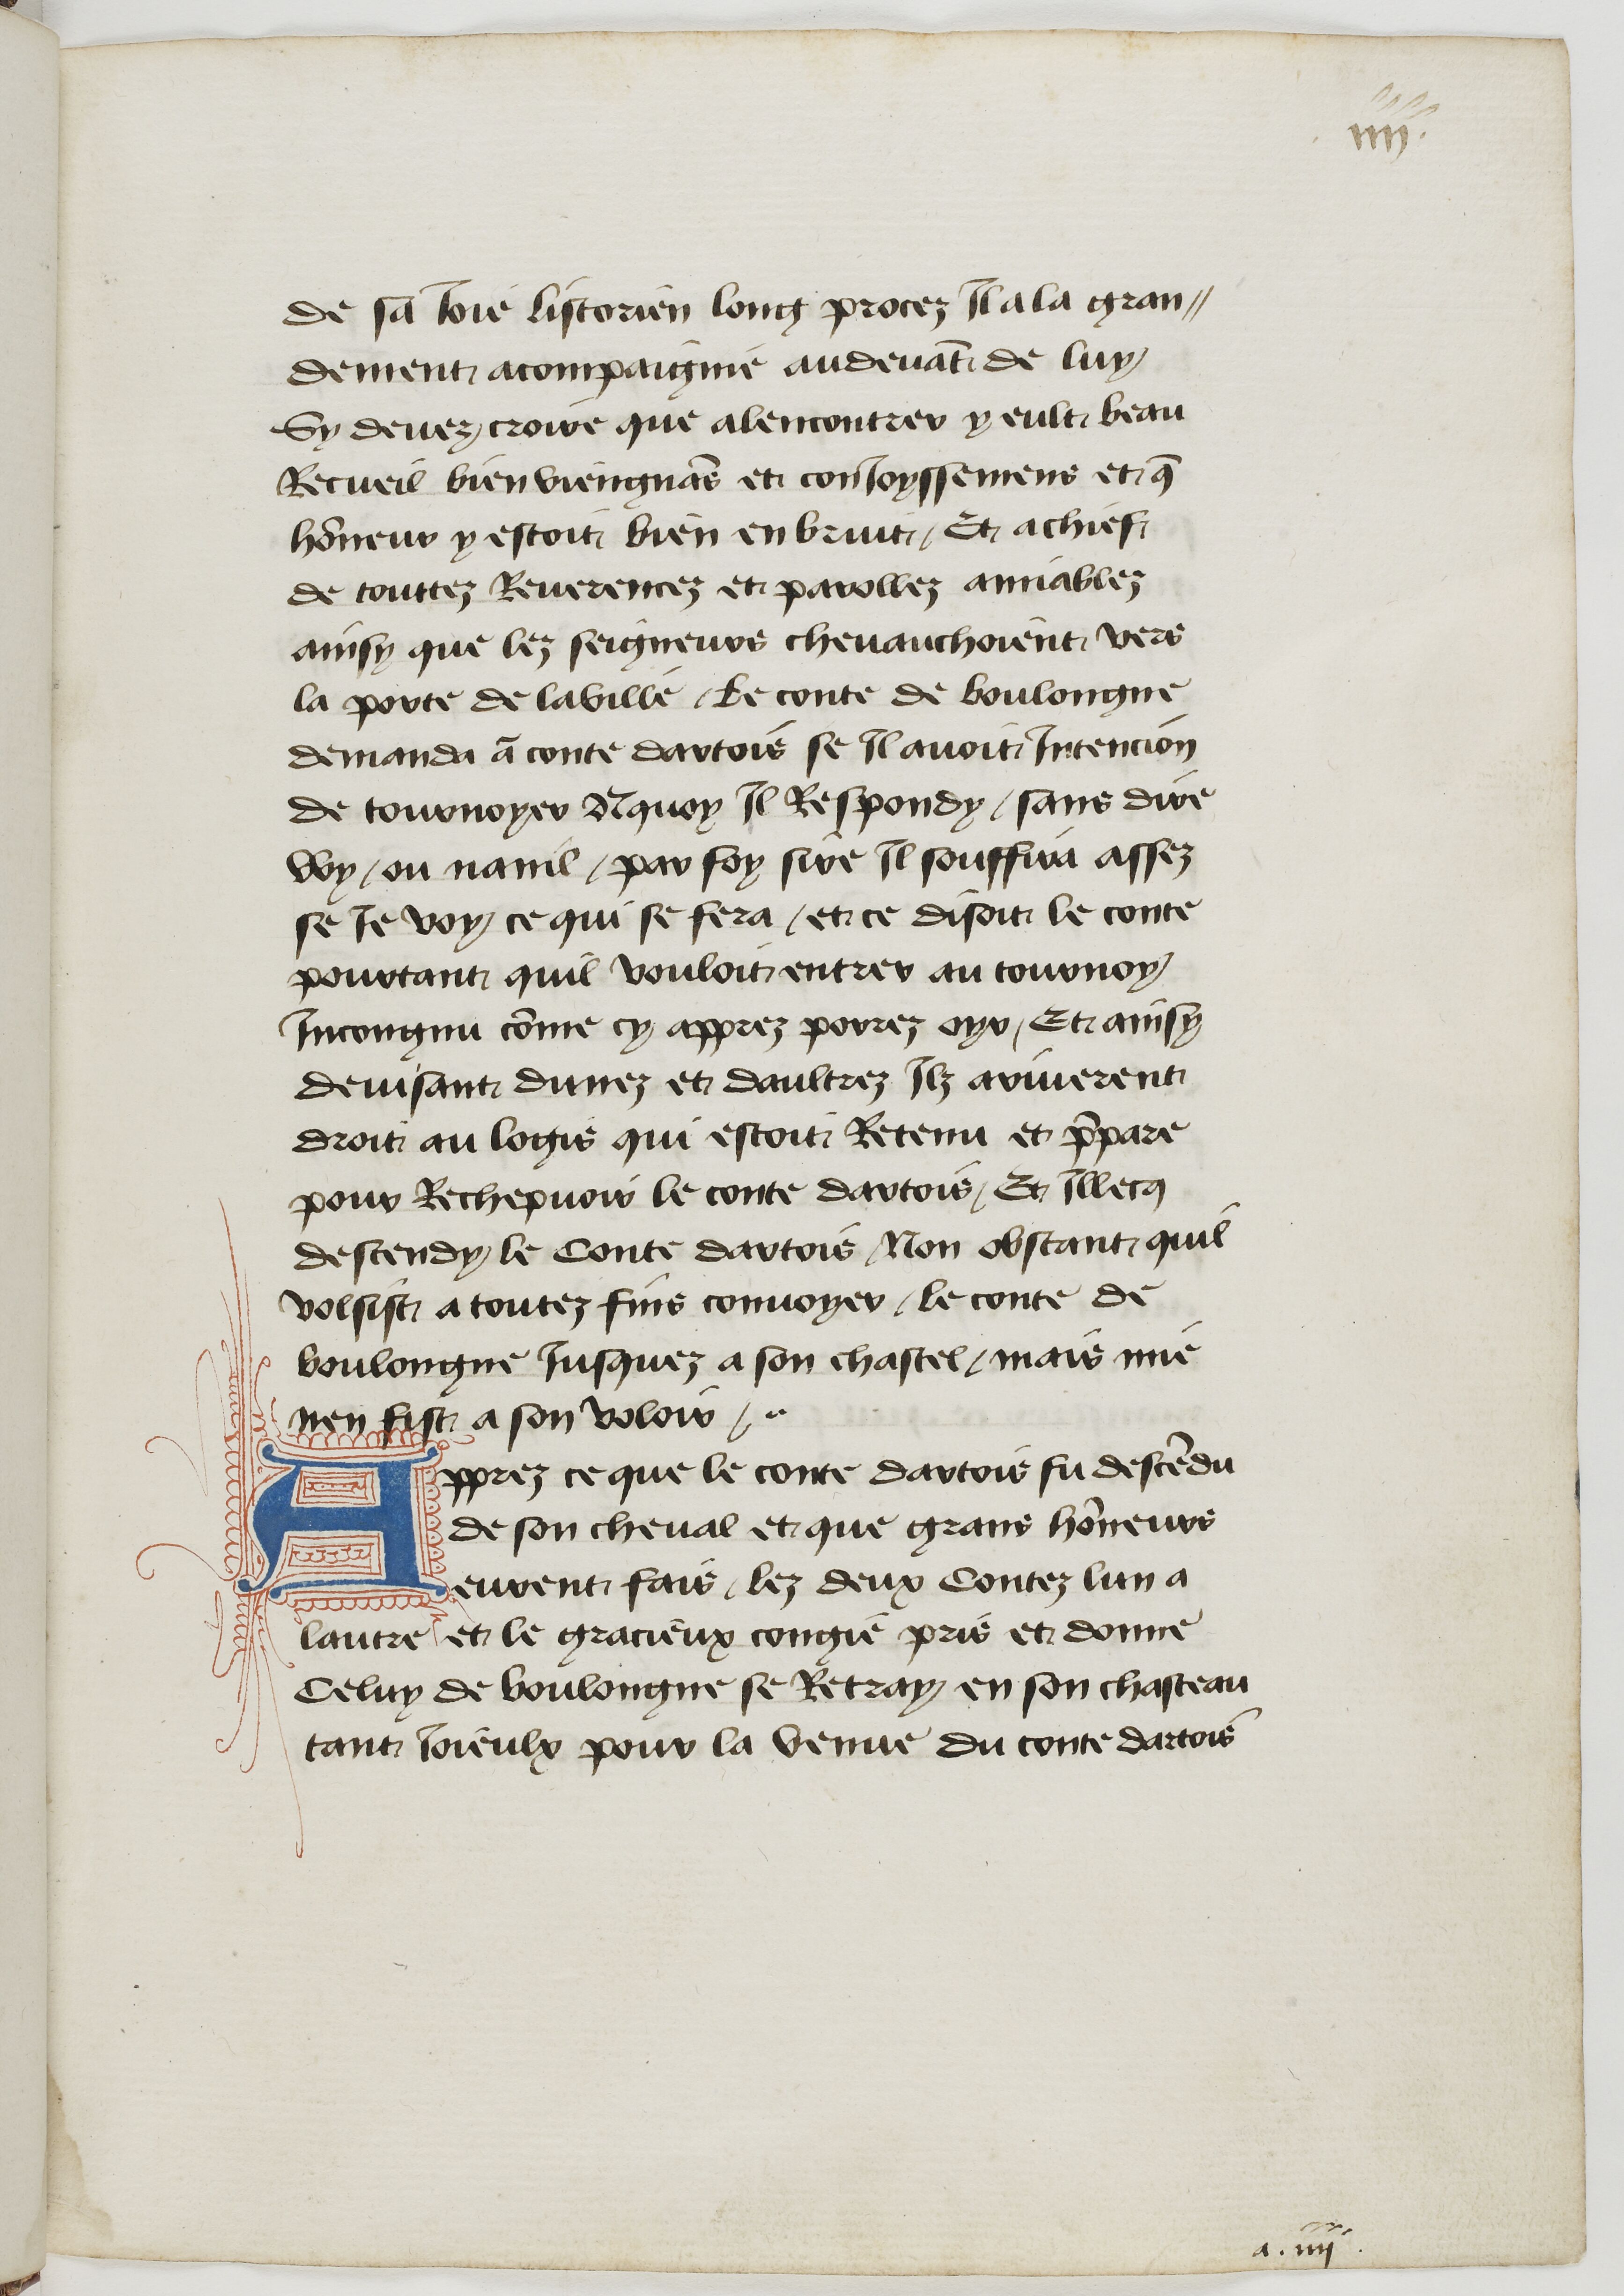
Shelfmark: Paris, BnF, fr. 11610
Century: 15